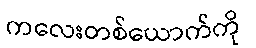
ကလေးတစ်ယောက်ကို